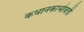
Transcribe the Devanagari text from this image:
कथानकाभोवती